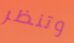
وتنظر